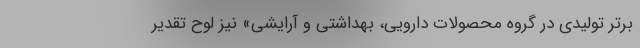
برتر تولیدی در گروه محصولات دارویی، بهداشتی و آرایشی» نیز لوح تقدیر